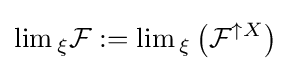
\lim {}_{\xi }{\mathcal {F}}:=\lim {}_{\xi }\left({\mathcal {F}}^{\uparrow X}\right)